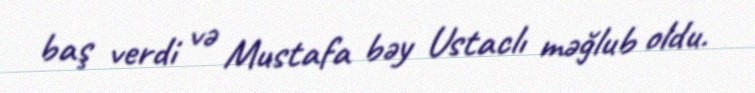
baş verdi və Mustafa bəy Ustaclı məğlub oldu.